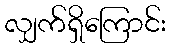
လျှက်ရှိကြောင်း